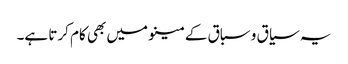
یہ سیاق و سباق کے مینو میں بھی کام کرتا ہے۔